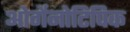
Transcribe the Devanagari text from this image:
ओर्गेनोटिपिक